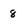
Character: 8